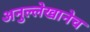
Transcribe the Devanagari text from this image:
अनुल्लेखानेच